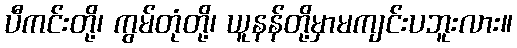
ပီကင်းတို့၊ ကွမ်တုံတို့၊ ယူနန်တို့မှာမကျင်းပဘူးလား။